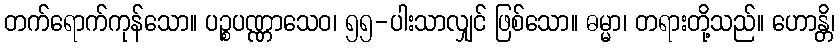
တက်ရောက်ကုန်သော။ ပဉ္စပဏ္ဏာသေဝ၊ ၅၅-ပါးသာလျှင် ဖြစ်သော။ ဓမ္မာ၊ တရားတို့သည်။ ဟောန္တိ၊